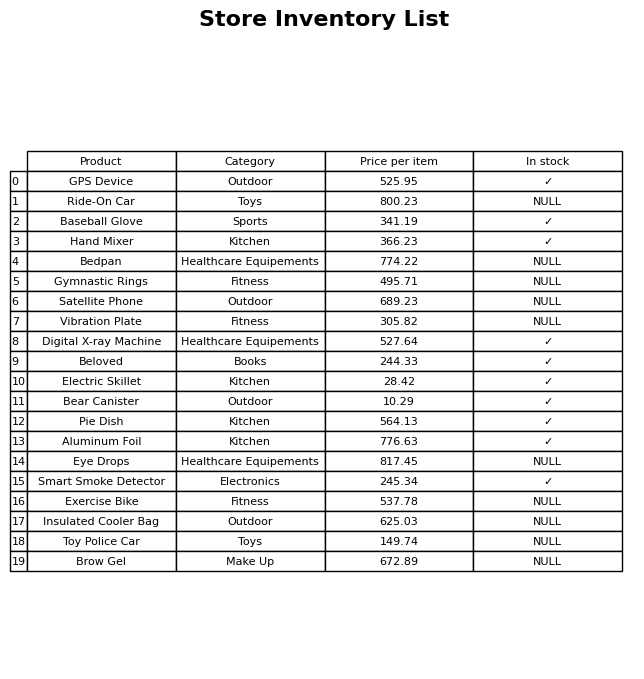
question: What is the price for Eye Drops?
answer: The price of Eye Drops is 817.45.